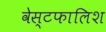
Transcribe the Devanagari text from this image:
वेस्टफालिश